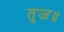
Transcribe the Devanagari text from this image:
तुज॥